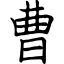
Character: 曹